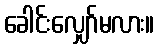
ခေါင်းလျှော်မလား။